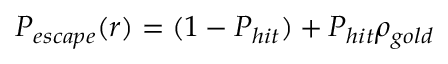
P _ { e s c a p e } ( r ) = ( 1 - P _ { h i t } ) + P _ { h i t } \rho _ { g o l d }